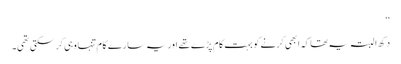
‘‘
دکھ ا لبتہ یہ تھا کہ ابھی کرنے کو بہت کام پڑے تھے اور یہ سارے کام تنہا وہی کرسکتی تھی۔